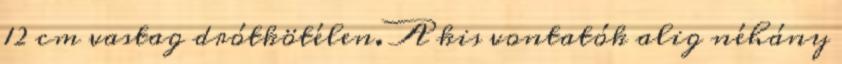
12 cm vastag drótkötélen. A kis vontatók alig néhány